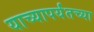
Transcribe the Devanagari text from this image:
याच्यापर्यंतच्या